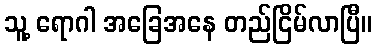
သူ့ ရောဂါ အခြေအနေ တည်ငြိမ်လာပြီ။